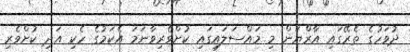
ދުވަހުގެ ތެރޭގައި އާރްޔަން މި މައްސަލައިގައި ކުށްވެރިވާނަމަ އެކަމުގެ ހެކި އަދި ކުށްވެރި